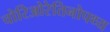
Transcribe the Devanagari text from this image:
चोरिओरेतिनोपथ्य